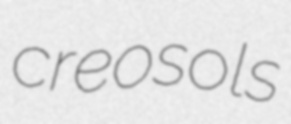
creosols